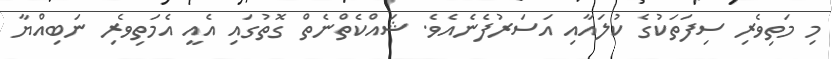
މި މަތިވެރި ސިފަތަކުގެ ކުލައާއި އަސަރުފެނެއެވެ. ޝައްކެތްނެތް ގޮތުގައި އެއީ އެމަތިވެރި ނަބިއްޔާ